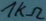
Text: 1KΩ